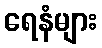
ရေနံများ